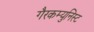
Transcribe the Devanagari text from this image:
गैरकम्युनिस्ट